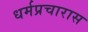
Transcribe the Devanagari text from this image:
धर्मप्रचारास